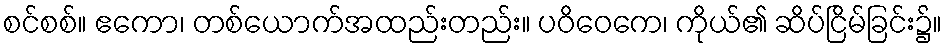
စင်စစ်။ ဧကော၊ တစ်ယောက်အထည်းတည်း။ ပဝိဝေကေ၊ ကိုယ်၏ ဆိပ်ငြိမ်ခြင်း၌။